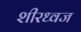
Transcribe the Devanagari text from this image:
शीरध्वज